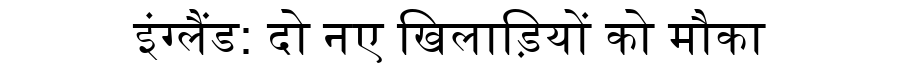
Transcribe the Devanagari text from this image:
इंग्लैंड: दो नए खिलाड़ियों को मौका